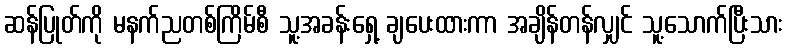
ဆန်ပြုတ်ကို မနက်ညတစ်ကြိမ်စီ သူ့အခန်းရှေ့ ချပေးထားကာ အချိန်တန်လျှင် သူ့သောက်ပြီးသား